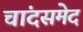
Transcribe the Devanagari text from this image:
चांदसमेद